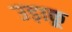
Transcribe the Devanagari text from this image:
उड़ाकू